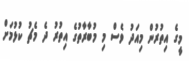
މީގެ އިތުރުން މިއަދު ވެސް މި މުބާރާތުގެ އިތުރު ދެ މެޗު ކުޅުމަށް